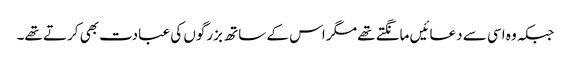
جبکہ وہ اسی سے دعائیں مانگتے تھے مگر اس کے ساتھ بزرگوں کی عبادت بھی کرتے تھے۔